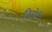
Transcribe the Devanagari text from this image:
किरोरी